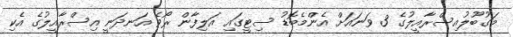
މަގުބޫލުއިސްރާއީލުގެ 3 ވަނައަށް އެންމެބޮޑު ސިޓީގައި އަލިފާން ރޯވެ އަނދަނީ އިސްރާއީލުގެ އެކި